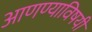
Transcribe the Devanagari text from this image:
आणण्याविषयी